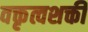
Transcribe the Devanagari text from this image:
वक्तृत्वशक्ती